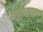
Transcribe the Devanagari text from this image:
भदुइयामठ